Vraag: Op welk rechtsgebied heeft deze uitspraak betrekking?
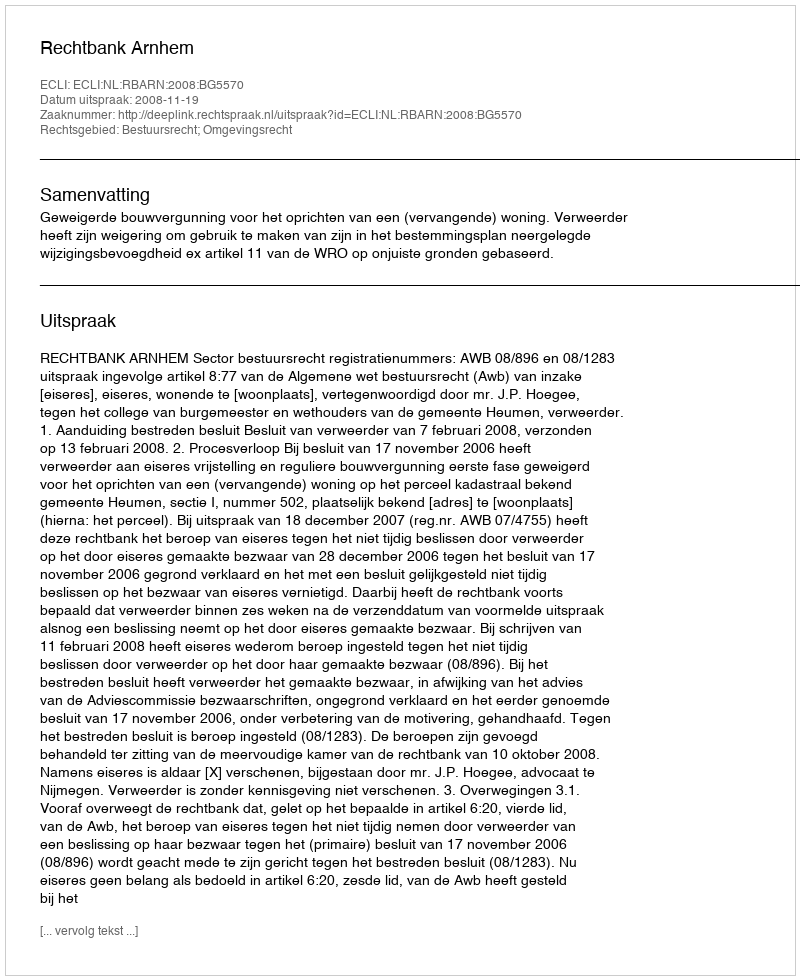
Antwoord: Bestuursrecht; Omgevingsrecht